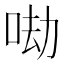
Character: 𠲵